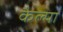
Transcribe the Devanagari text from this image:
कैल्पा